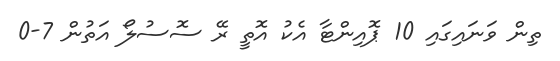
ތިން ވަނައިގައި 10 ޕޮއިންޓާ އެކު އޮތީ ރޭ ސޮސުލޯ އަތުން 7-0